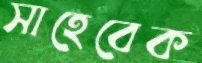
সাহেবেক